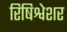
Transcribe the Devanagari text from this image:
रिषिश्वेशर